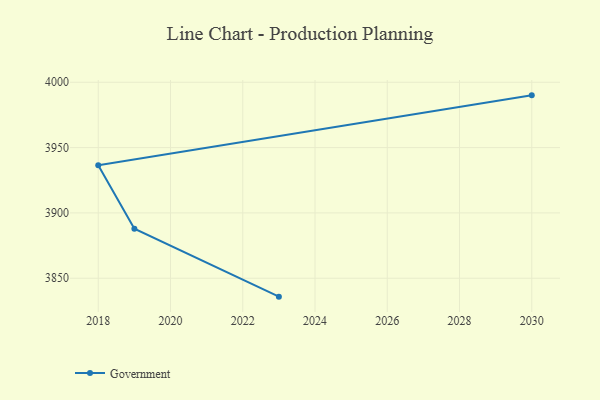
{"axis": {"x": "Year", "y": "Conversion Rate (%)"}, "legend": ["Government"], "data": [{"x": "2023", "y": 3835.9, "type": "Government"}, {"x": "2019", "y": 3887.9, "type": "Government"}, {"x": "2018", "y": 3936.5, "type": "Government"}, {"x": "2030", "y": 3990.0, "type": "Government"}]}